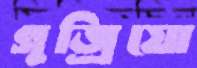
গুজ্‌রিয়ো